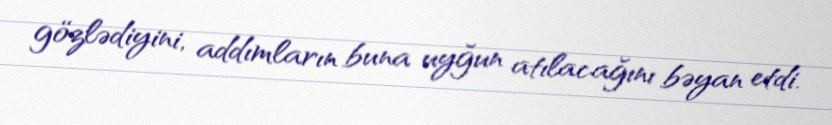
gözlədiyini, addımların buna uyğun atılacağını bəyan etdi.